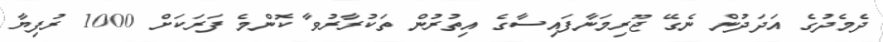
ދެމެދުގެ އަދަދުން ނެގޭ ޖޫރިމަނާފައިސާގެ އިތުރުން ތަކުރާރުވާ ކޮންމެ ފަރަކަށް 1000 ރުފިޔާ